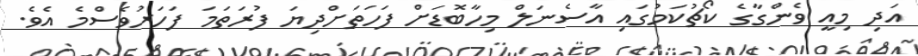
އަދި މިއީ ވެންގާގެ ކޯޗުކަމުގައި އާސެނަލް މިހާބޮޑަށް ފަހަތަށްދިޔަ ފުރަތަމަ ފަހަރުވެސްމެ އެވެ.